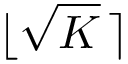
\lfloor \sqrt { K } \, \rceil